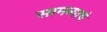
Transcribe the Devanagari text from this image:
सामन्याचं